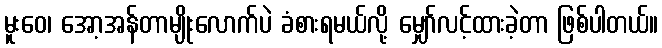
မူးဝေ၊ အော့အန်တာမျိုးလောက်ပဲ ခံစားရမယ်လို့ မျှော်လင့်ထားခဲ့တာ ဖြစ်ပါတယ်။